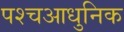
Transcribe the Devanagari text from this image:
पश्चआधुनिक